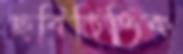
ছবিভিত্তিক